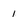
Character: 1